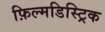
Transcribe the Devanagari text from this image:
फ़िल्मडिस्ट्रिक